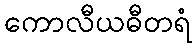
ကောလီယဓီတရံ